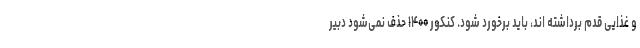
و غذایی قدم برداشته اند، باید برخورد شود. کنکور ۱۴۰۰ حذف نمی‌شود دبیر